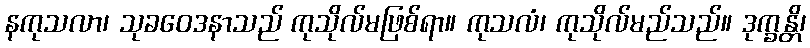
နကုသလာ၊ သုခဝေဒနာသည် ကုသိုလ်မဖြစ်ရာ။ ကုသလံ၊ ကုသိုလ်မည်သည်။ ဒုက္ခန္တိ၊